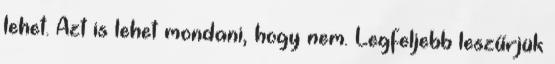
lehet. Azt is lehet mondani, hogy nem. Legfeljebb leszűrjük